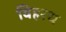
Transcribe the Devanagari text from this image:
विहरथ